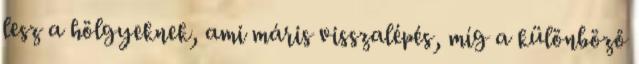
lesz a hölgyeknek, ami máris visszalépés, míg a különböző